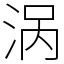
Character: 涡